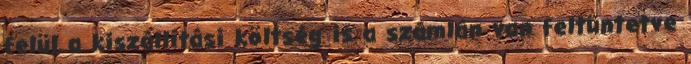
felül a kiszállítási költség is a számlán van feltüntetve